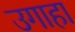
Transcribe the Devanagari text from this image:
उगाहा